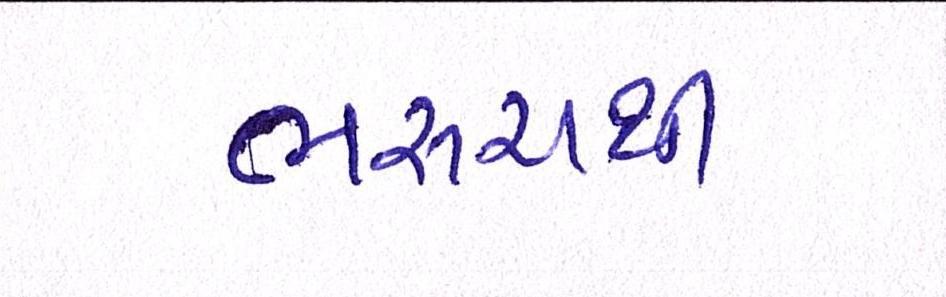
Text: ભરૂચથી